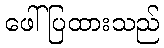
ဖေါ်ပြထားသည်